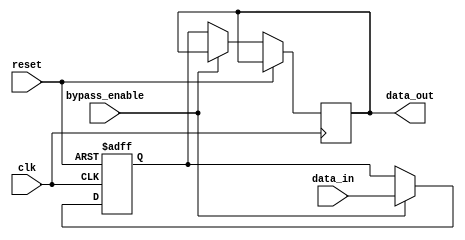
module variable_width_bypass_register (
    input wire clk,
    input wire reset,
    input wire data_in,
    input wire bypass_enable,
    output reg data_out
);

reg synchronized_data;

always @ (posedge clk or posedge reset) begin
    if (reset) begin
        synchronized_data <= 1'b0;
    end else begin
        if (bypass_enable) begin
            synchronized_data <= data_in;
        end
    end
end

always @ (posedge clk) begin
    if (!reset) begin
        if (!bypass_enable) begin
            data_out <= synchronized_data;
        end
    end
end

endmodule